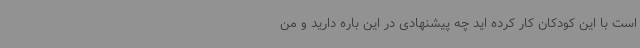
است با این کودکان کار کرده اید چه پیشنهادی در این باره دارید و من